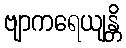
ဗျာကရေယျန္တိ